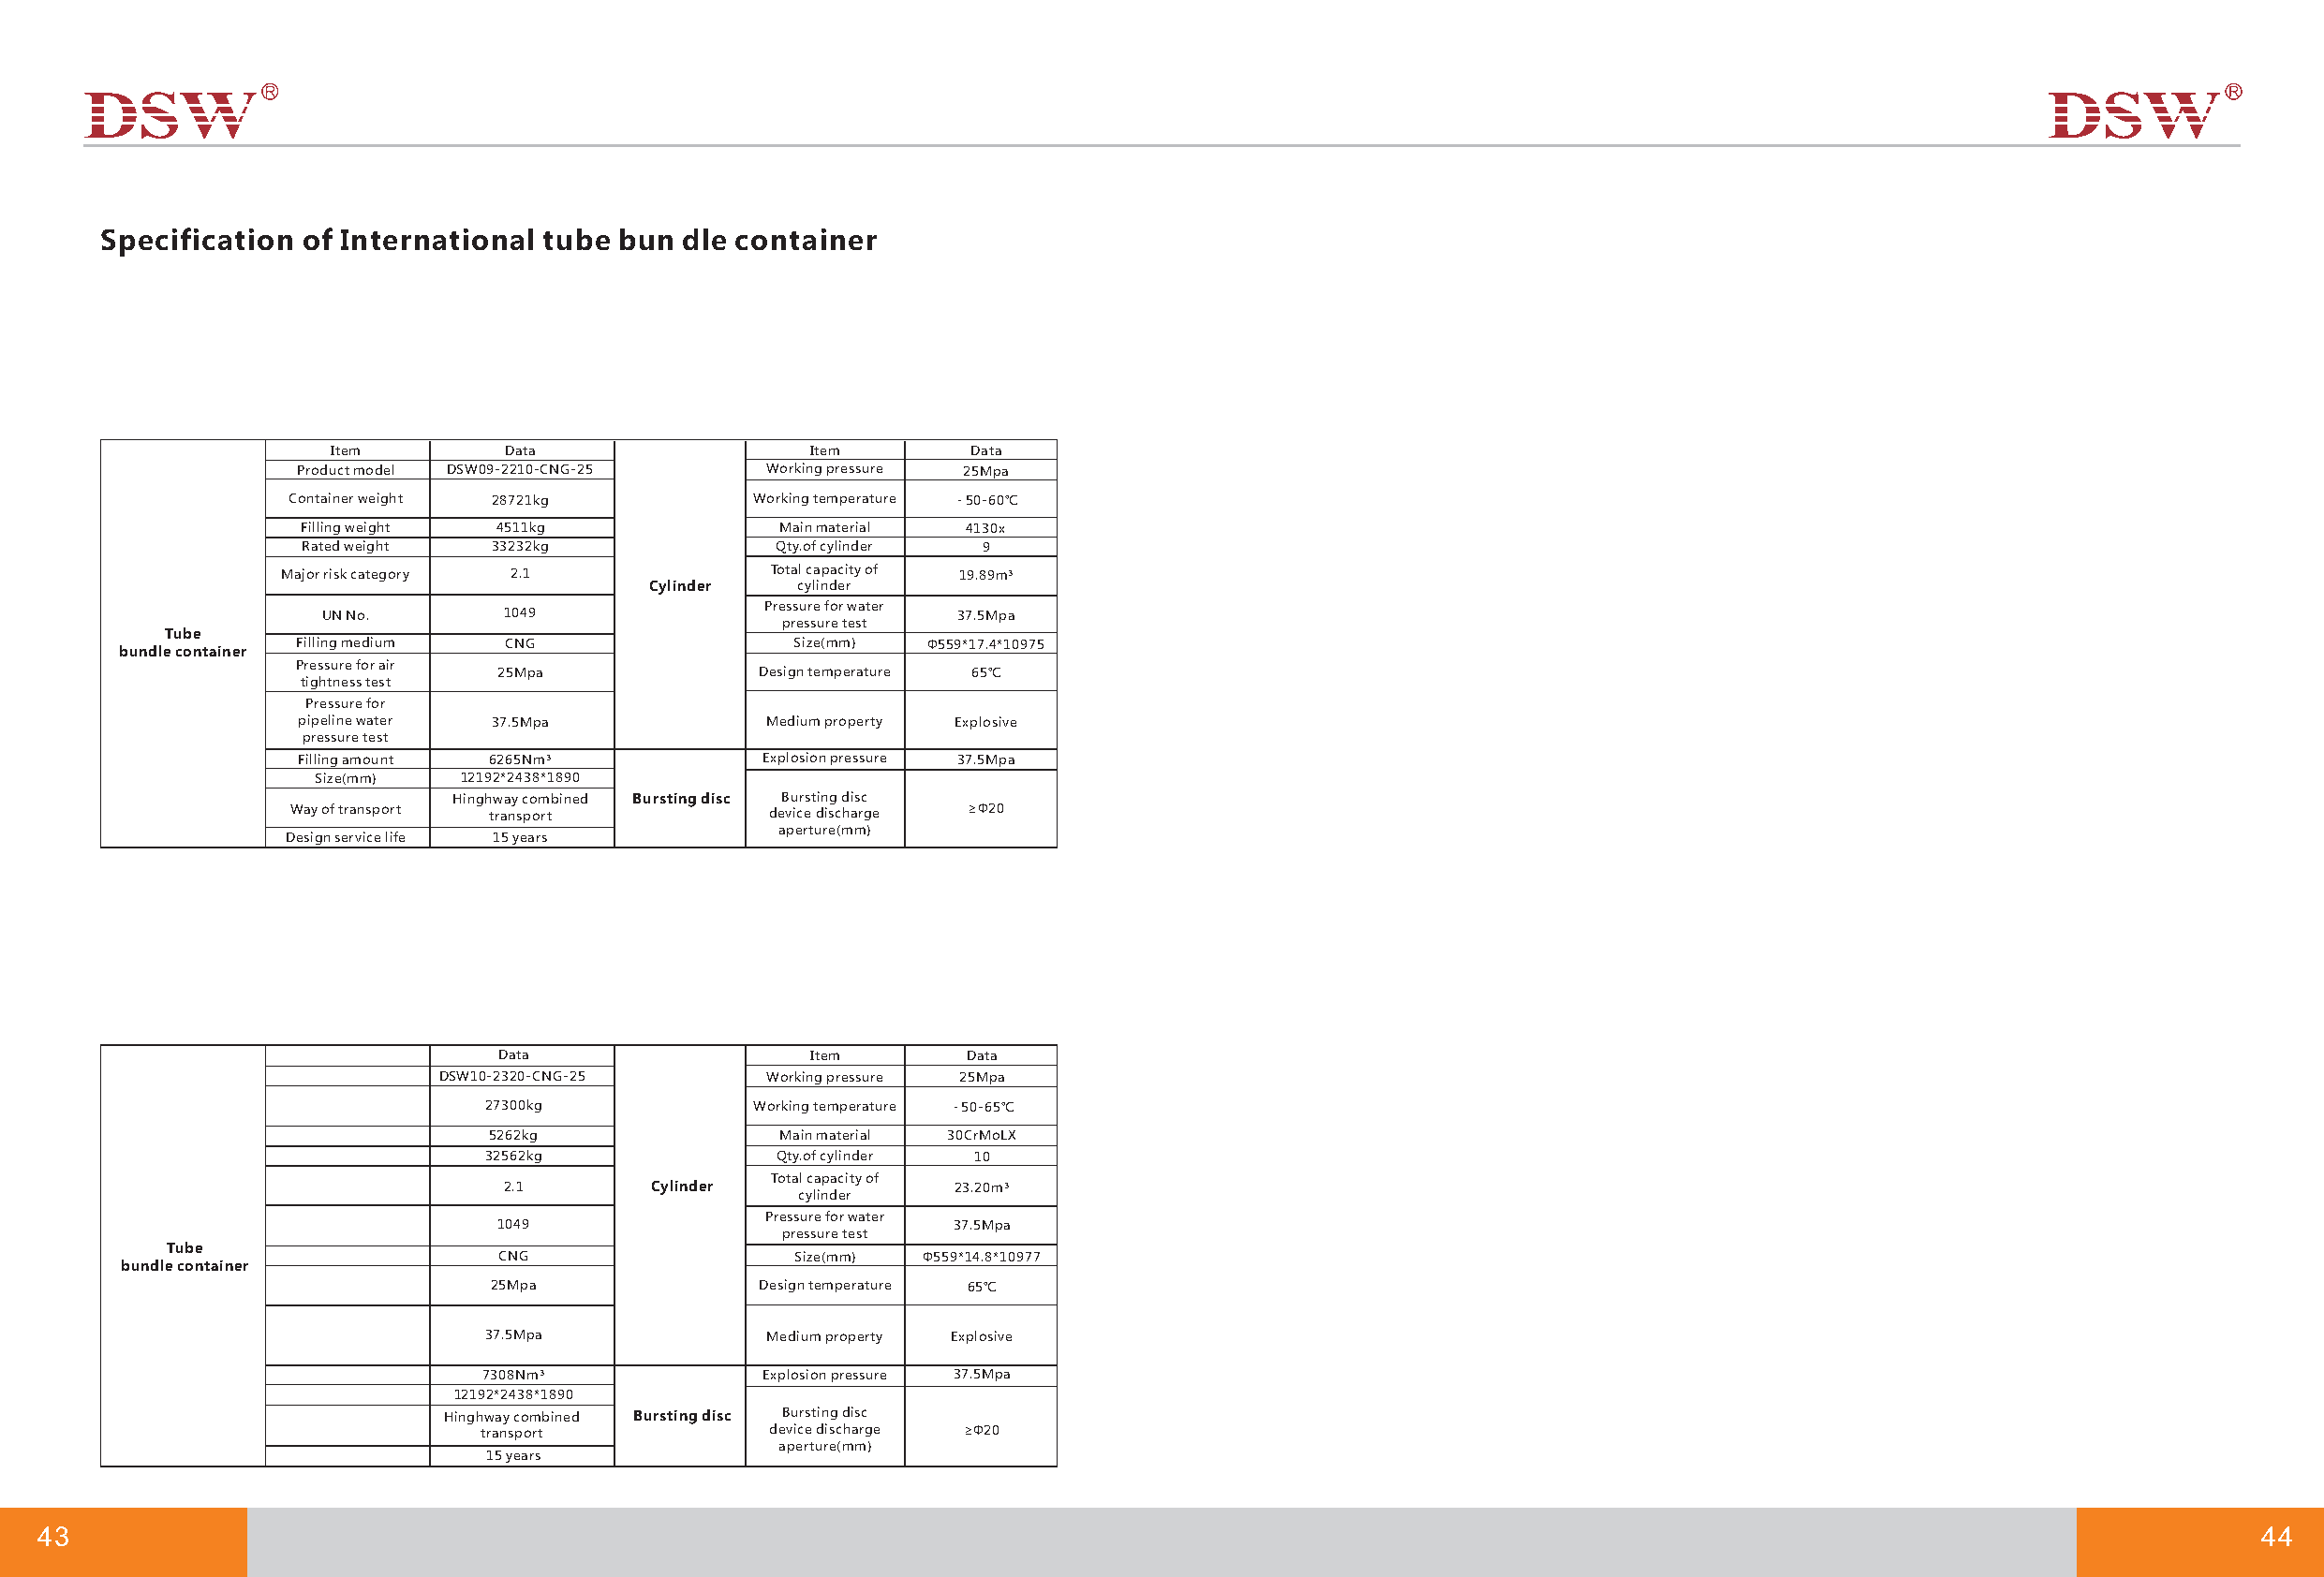
Specification of International tube  bun dle container
 Item         Data                 Item        Data
 Product model DSW09-2210-CNG-25  Working pressure 25Mpa
 Container weight 28721kg         Working temperature ﹣50-60℃
 Filling weight 4511kg             Main material 4130x
 Rated weight  33232kg             Qty.of cylinder 9
 Major risk category 2.1           Total capacity of 19.89m³
 Cylinder  cylinder
 Pressure for water
 UN No.       1049                            37.5Mpa
 pressure test
 Tube
 Filling medium CNG                 Size(mm)  Φ559*17.4*10975
 bundle container
 Pressure for air
 25Mpa              Design temperature 65℃
 tightness test
 Pressure for
 pipeline water 37.5Mpa           Medium property Explosive
 pressure test
 Filling amount 6265Nm³           Explosion pressure 37.5Mpa
 Size(mm)   12192*2438*1890
 Hinghway combined Bursting disc Bursting disc
 Way of transport transport       device discharge ≥Φ20
 aperture(mm)
 Design service life 15 years
 Data                  Item       Data
 DSW10-2320-CNG-25      Working pressure 25Mpa
 27300kg            Working temperature ﹣50-65℃
 5262kg              Main material 30CrMoLX
 32562kg              Qty.of cylinder 10
 Total capacity of
 2.1       Cylinder             23.20m³
 cylinder
 Pressure for water
 1049                            37.5Mpa
 pressure test
 Tube
 CNG                  Size(mm) Φ559*14.8*10977
 bundle container
 25Mpa              Design temperature 65℃
 37.5Mpa             Medium property Explosive
 7308Nm³             Explosion pressure 37.5Mpa
 12192*2438*1890
 Hinghway combined Bursting disc Bursting disc
 transport           device discharge ≥Φ20
 aperture(mm)
 15 years
 43                                                                                                                                                           44